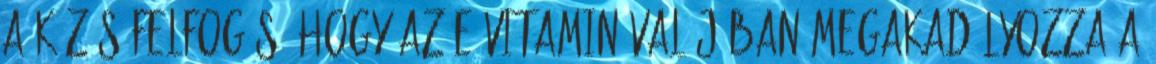
a közös felfogás, hogy az E-Vitamin valójában megakadályozza a